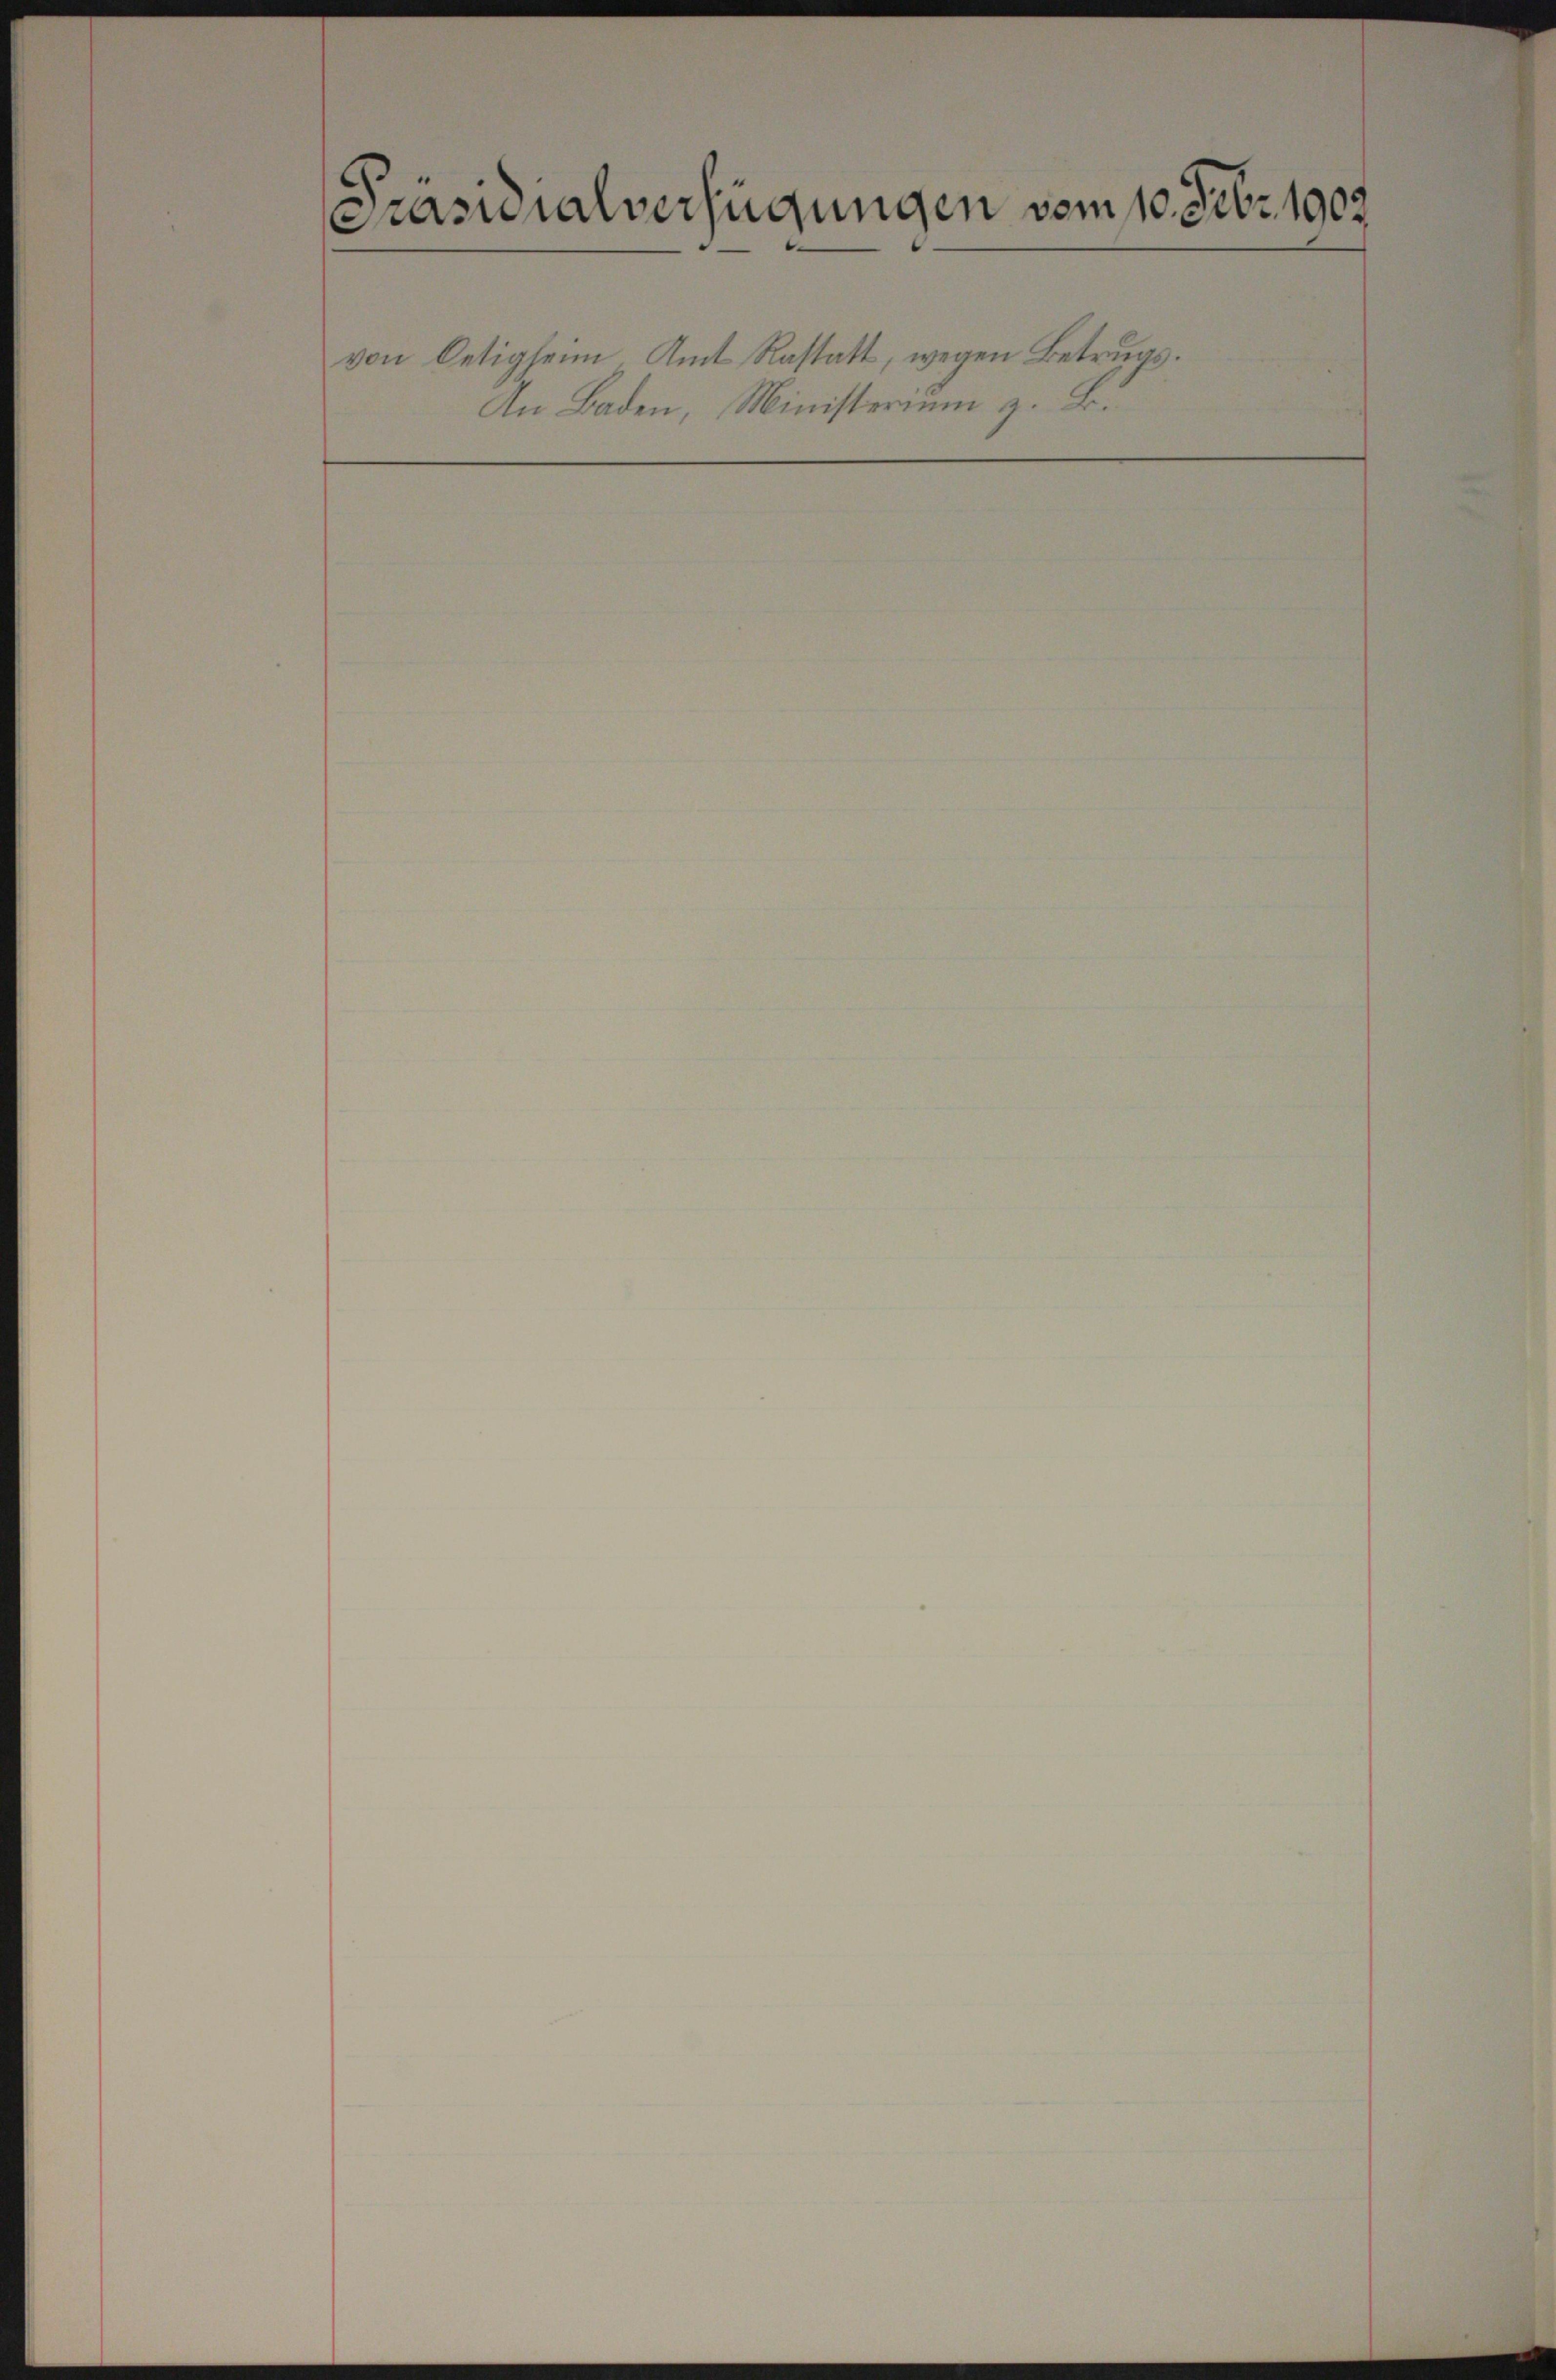
[Präsidialverfügungen vom 10. Febr. 1908
von Oetigseim Amt Rastatt, wegen Betrugs¬
An Baden, Ministerium z. B.